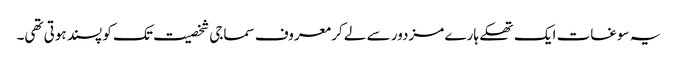
یہ سوغات ایک تھکے ہارے مزدور سے لے کر معروف سماجی شخصیت تک کو پسند ہوتی تھی۔